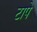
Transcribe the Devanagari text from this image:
टापे